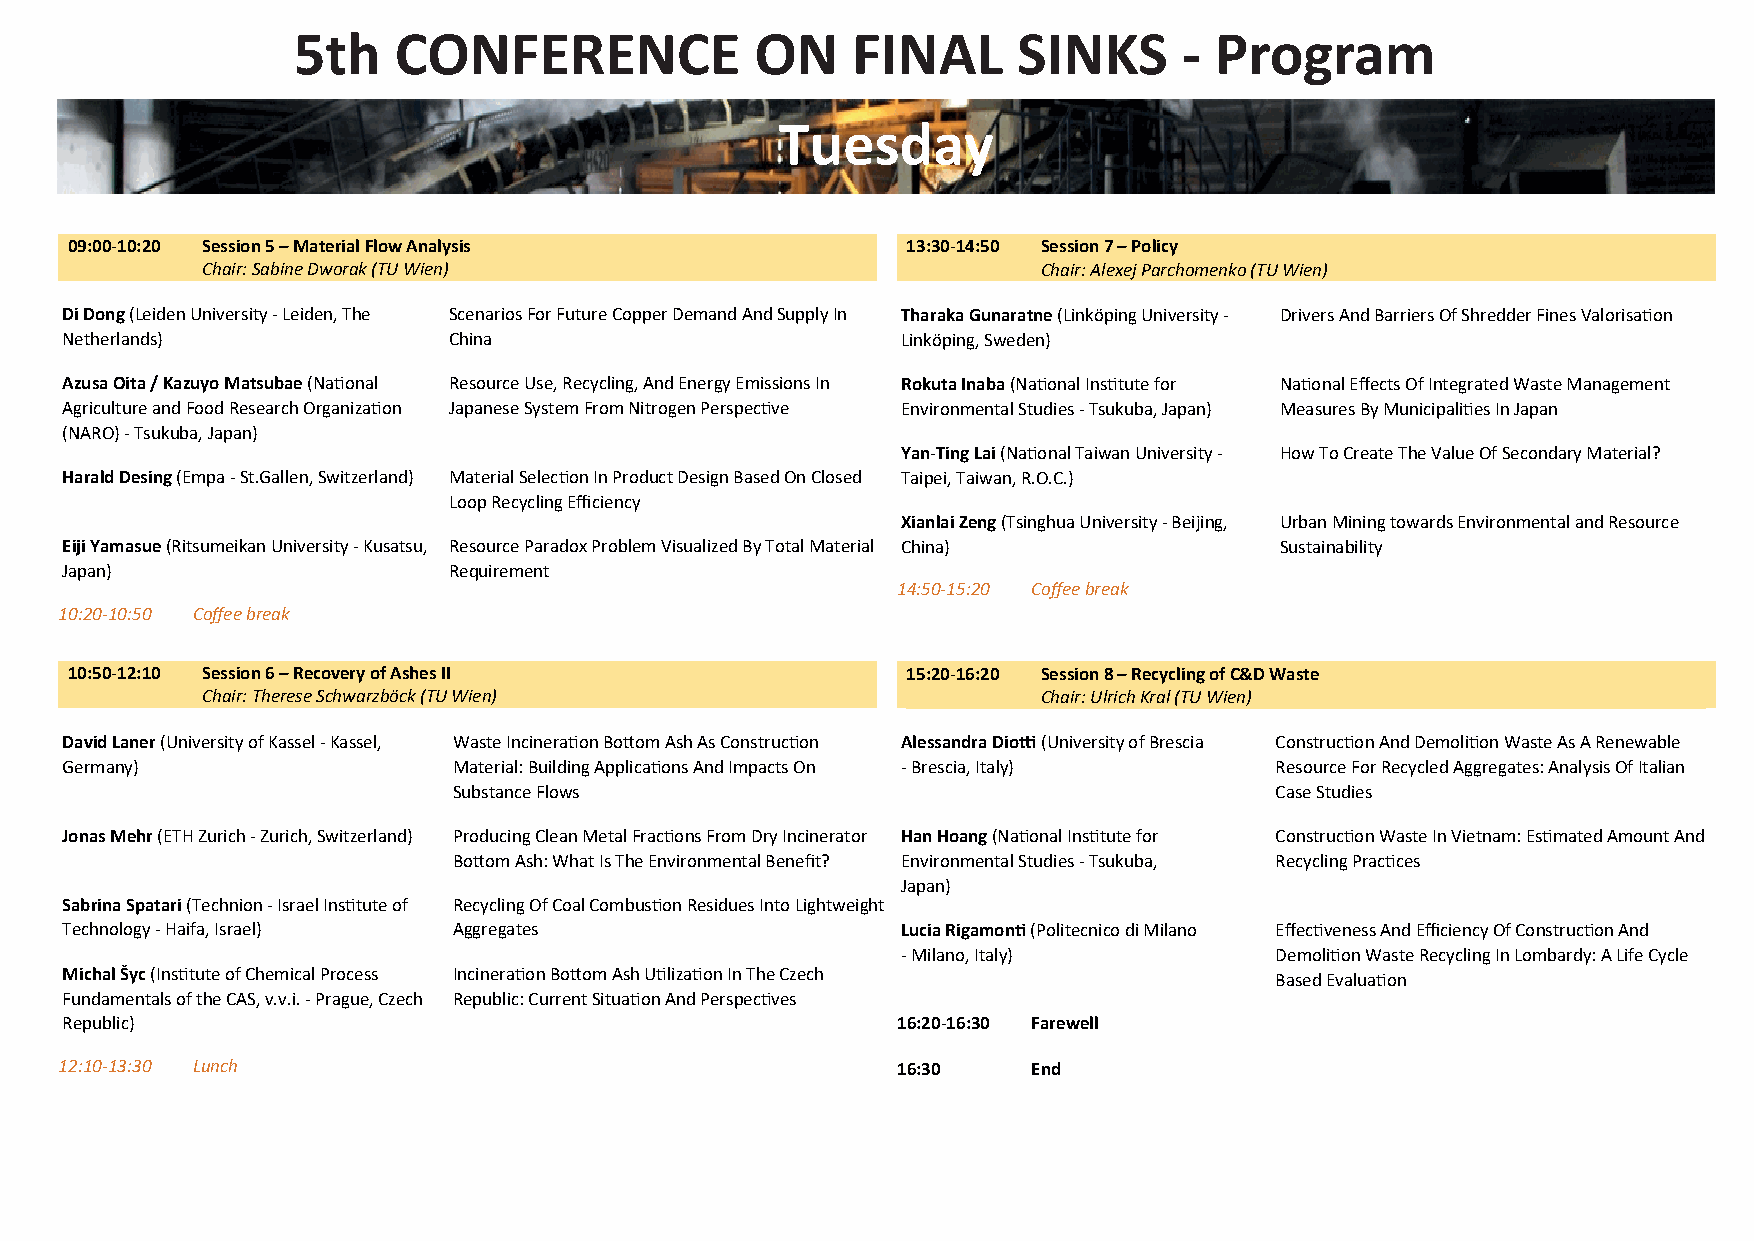
5th    CONFERENCE              ON    FINAL      SINKS      - Program
 Tues    day
 09:00-10:20 Session 5 – Material Flow Analysis          13:30-14:50 Session 7 – Policy
 Chair: Sabine Dworak (TU Wien)                          Chair: Alexej Parchomenko (TU Wien)
 Di Dong (Leiden University - Leiden, The Scenarios For Future Copper Demand And Supply In Tharaka Gunaratne (Linköping University - Drivers And Barriers Of Shredder Fines Valorisa�on
 Netherlands)              China                         Linköping, Sweden)
 Azusa Oita / Kazuyo Matsubae (Na�onal Resource Use, Recycling, And Energy Emissions In Rokuta Inaba (Na�onal Ins�tute for Na�onal Effects Of Integrated Waste Management
 Agriculture and Food Research Organiza�on Japanese System From Nitrogen Perspec�ve Environmental Studies - Tsukuba, Japan) Measures By Municipali�es In Japan
 (NARO) - Tsukuba, Japan)
 Yan-Ting Lai (Na�onal Taiwan University - How To Create The Value Of Secondary Material?
 Harald Desing (Empa - St.Gallen, Switzerland) Material Selec�on In Product Design Based On Closed Taipei, Taiwan, R.O.C.)
 Loop Recycling Efficiency
 Xianlai Zeng (Tsinghua University - Beijing, Urban Mining towards Environmental and Resource
 Eiji Yamasue (Ritsumeikan University - Kusatsu, Resource Paradox Problem Visualized By Total Material China) Sustainability
 Japan)                    Requirement
 14:50-15:20 Coffee break
 10:20-10:50 Coffee break
 10:50-12:10 Session 6 – Recovery of Ashes II            15:20-16:20 Session 8 – Recycling of C&D Waste
 Chair: Therese Schwarzböck (TU Wien)                    Chair: Ulrich Kral (TU Wien)
 David Laner (University of Kassel - Kassel, Waste Incinera�on Bo�om Ash As Construc�on Alessandra Dio� (University of Brescia Construc�on And Demoli�on Waste As A Renewable
 Germany)                  Material: Building Applica�ons And Impacts On - Brescia, Italy) Resource For Recycled Aggregates: Analysis Of Italian
 Substance Flows                                       Case Studies
 Jonas Mehr (ETH Zurich - Zurich, Switzerland) Producing Clean Metal Frac�ons From Dry Incinerator Han Hoang (Na�onal Ins�tute for Construc�on Waste In Vietnam: Es�mated Amount And
 Bo�om Ash: What Is The Environmental Benefit? Environmental Studies - Tsukuba, Recycling Prac�ces
 Japan)
 Sabrina Spatari (Technion - Israel Ins�tute of Recycling Of Coal Combus�on Residues Into Lightweight
 Technology - Haifa, Israel) Aggregates                  Lucia Rigamon� (Politecnico di Milano Effec�veness And Efficiency Of Construc�on And
 - Milano, Italy)        Demoli�on Waste Recycling In Lombardy: A Life Cycle
 Michal Šyc (Ins�tute of Chemical Process Incinera�on Bo�om Ash U�liza�on In The Czech Based Evalua�on
 Fundamentals of the CAS, v.v.i. - Prague, Czech Republic: Current Situa�on And Perspec�ves
 Republic)                                              16:20-16:30 Farewell
 12:10-13:30 Lunch                                      16:30    End